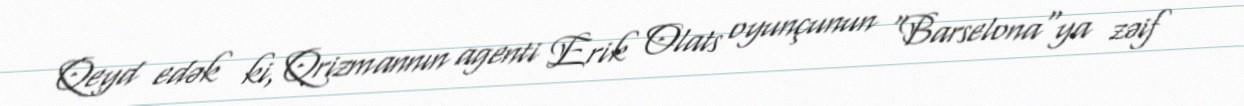
Qeyd edək ki, Qrizmannın agenti Erik Olats oyunçunun "Barselona"ya zəif